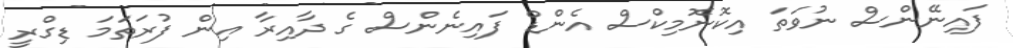
ފައިނޭންސް ނުވަތަ އިކޮނޮމިކްސް އެންޑް ފައިނެންސް ގެ ދާއިރާ އިން ފުރަތަމަ ޑިގްރީ